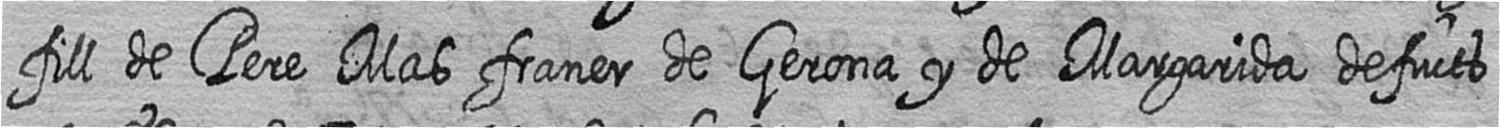
fill de Pere Mas franer de Gerona y de Margarida defucts